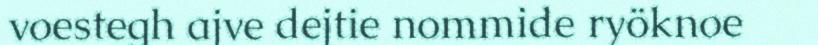
voestegh ajve dejtie nommide ryöknoe